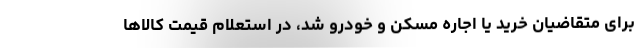
برای متقاضیان خرید یا اجاره مسکن و خودرو شد، در استعلام قیمت کالا‌ها